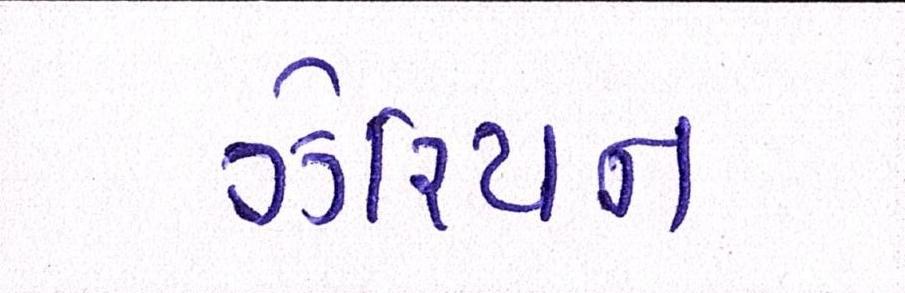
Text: ઝેરિયન